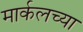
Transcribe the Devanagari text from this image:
मार्कलच्या